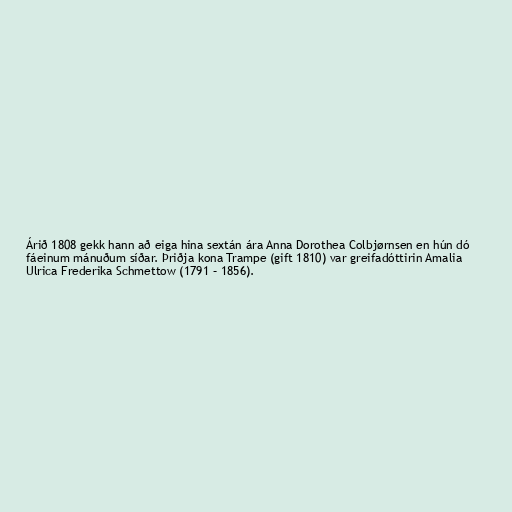
Árið 1808 gekk hann að eiga hina sextán ára Anna Dorothea Colbjørnsen en hún dó
fáeinum mánuðum síðar. Þriðja kona Trampe (gift 1810) var greifadóttirin Amalia
Ulrica Frederika Schmettow (1791 – 1856).